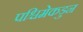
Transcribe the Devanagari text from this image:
पश्चिमेकडुन